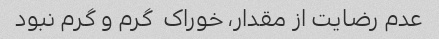
عدم رضایت از مقدار، خوراک  گرم و گرم نبود